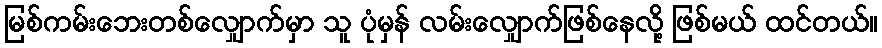
မြစ်ကမ်းဘေးတစ်လျှောက်မှာ သူ ပုံမှန် လမ်းလျှောက်ဖြစ်နေလို့ ဖြစ်မယ် ထင်တယ်။